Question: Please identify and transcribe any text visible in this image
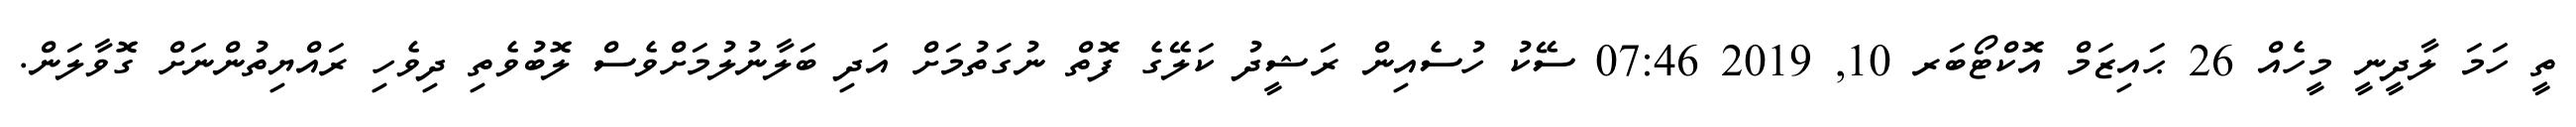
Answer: ތީ ހަމަ ލާދީނީ މީހެއް 26 ޙައިޒަމް އޮކްޓޯބަރ 10, 2019 07:46 ސޭކު ހުސެއިން ރަޝީދު ކަލޭގެ ފޮތް ނުގަތުމަށް އަދި ބަލާނުލުމަށްވެސް ލޮބުވެތި ދިވެހި ރައްޔިތުންނަށް ގޮވާލަން.